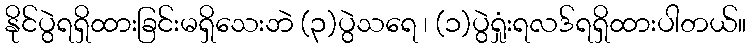
နိုင်ပွဲရရှိထားခြင်းမရှိသေးဘဲ (၃)ပွဲသရေ ၊ (၁)ပွဲရှုံးရလဒ်ရရှိထားပါတယ်။